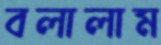
বলালাম